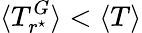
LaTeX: \langle T_{r^{\star}}^{G}\rangle<\langle T\rangle